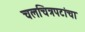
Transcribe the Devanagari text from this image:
चलचित्रपटांचा